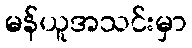
မန်ယူအသင်းမှာ